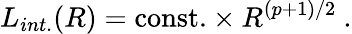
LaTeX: L_{int.}(R)=\mathrm{const.}\times R^{(p+1)/2}\ .